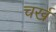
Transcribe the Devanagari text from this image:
चर्ख